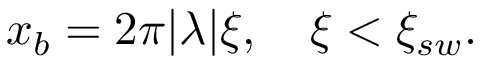
\begin{array} { r } { x _ { b } = 2 \pi | \lambda | \xi , ~ ~ ~ \xi < \xi _ { s w } . } \end{array}